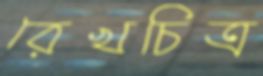
রেখচিত্র